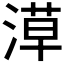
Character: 𣺞